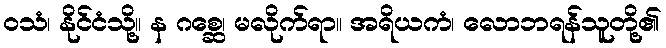
ဝသံ၊ နိုင်ငံသို့။ န ဂစ္ဆေ၊ မလိုက်ရာ။ အရိယကံ၊ လောဘရန်သူတို့၏